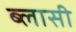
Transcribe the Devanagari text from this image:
ब्लासी